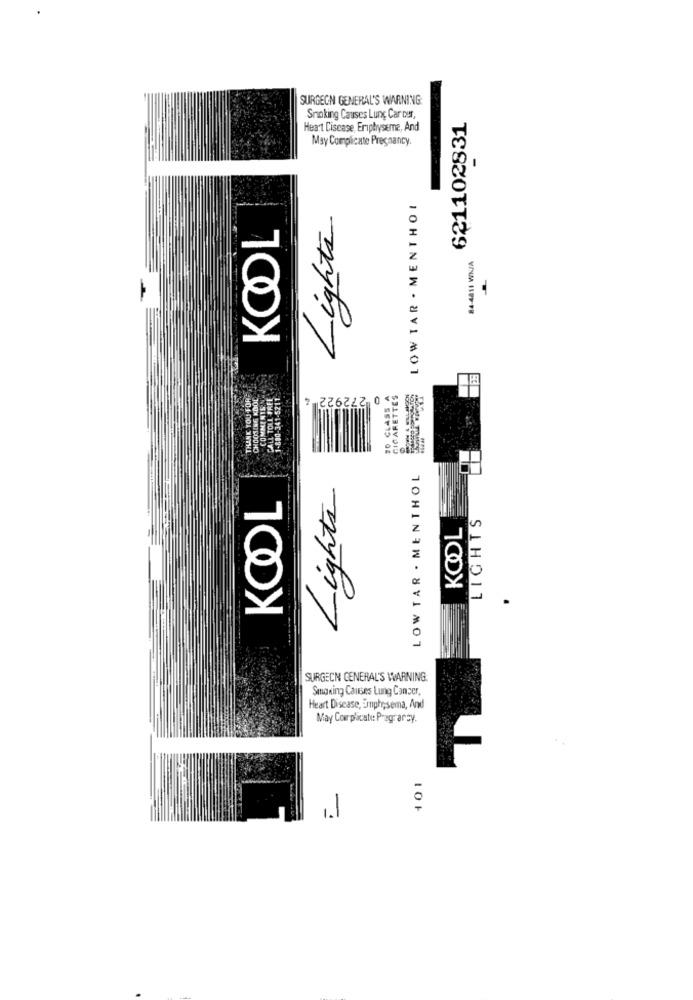
SURGEON GENERAL'S WARNING
621102831
Smoking Causes Lung Car Der,
Heart Ciscase, Eriphryseme, And
May Complicate Pregnancy.
LOW TAR . MENTHOL
Lights
KOOL
THANK YOU FOR
CHOOSING KOOL
COMMENTS
CALL TOLL FREE
1-800-341-5211
272922 4
20 GLASS A
CIGARETTES
LOW TAR . MENTHOL
Lights
KOOL
LIGHTS
KOOL
SURGEON GENERAL'S WARNING.
Smoking Causes Lung Cancer.
Heart Disease, Emphysema, And
May Complicate: Pregrancy.
101
1.